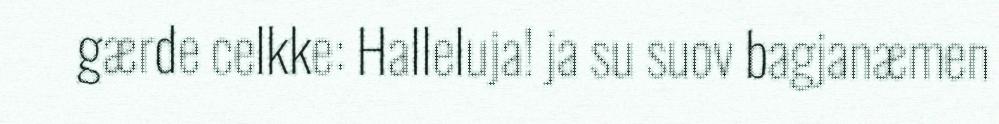
gærde celkke: Halleluja! ja su suov bagjanæmen